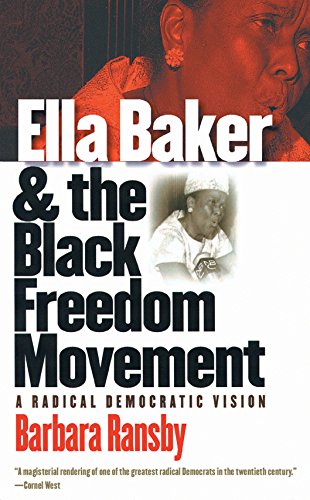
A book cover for Ella Baker and the Black Freedom Movement: A Radical Democratic Vision (Gender and American Culture); Barbara Ransby; Biographies & Memoirs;